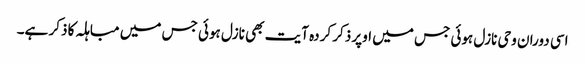
اسی دوران وحی نازل ہوئی جس میں اوپر ذکر کردہ آیت بھی نازل ہوئی جس میں مباہلہ کا ذکر ہے۔